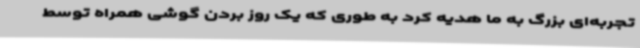
تجربه‌ای بزرگ به ما هدیه کرد به طوری که یک روز بردن گوشی همراه توسط